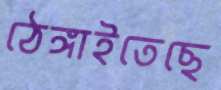
ঠেঙ্গাইতেছে